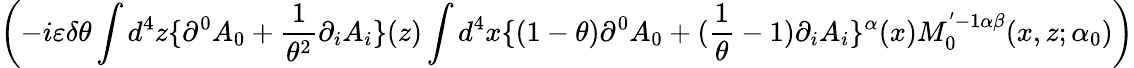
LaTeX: \left(-i\varepsilon\delta\theta\int d^{4}z\{ \partial^{0}A_{0}+\frac{1}{\theta^{2}}\partial_{i}A_{i}\} (z)\int d^{4}x\{ (1-\theta)\partial^{0}A_{0}+(\frac{1}{\theta}-1)\partial_{i}A_{i}\} ^{\alpha}(x)M_{0}^{'-1\alpha\beta}(x,z;\alpha_{0})\right)